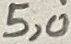
Text: 5,0